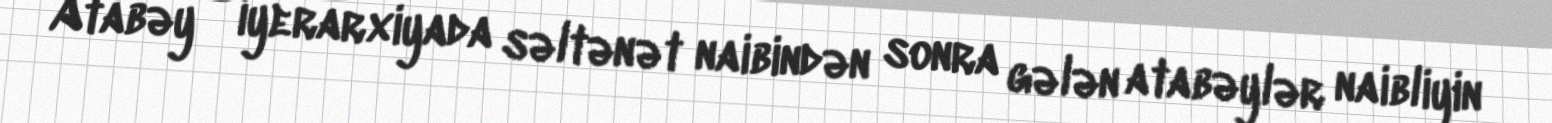
Atabəy – iyerarxiyada səltənət naibindən sonra gələn atabəylər naibliyin